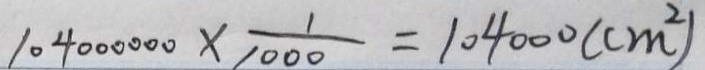
1 0 4 0 0 0 0 0 \times \frac { 1 } { 1 0 0 0 } = 1 0 4 0 0 0 ( c m ^ { 2 } )